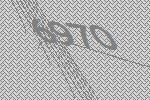
6970